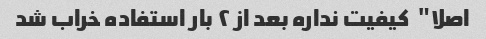
اصلا"  کیفیت نداره بعد از ۲ بار استفاده خراب شد